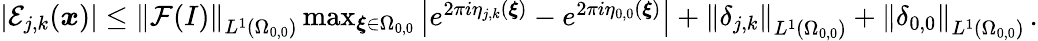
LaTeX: \begin{array}{r}{\left\vert\mathcal{E}_{j,k}(\boldsymbol{x})\right\vert\leq\left\| \mathcal{F}(I)\right\| _{L^{1}(\Omega_{0,0})}\operatorname*{max}_{\boldsymbol{\xi}\in\Omega_{0,0}}\left\vert e^{2\pi i\eta_{j,k}(\boldsymbol{\xi})}-e^{2\pi i\eta_{0,0}(\boldsymbol{\xi})}\right\vert+\left\| \delta_{j,k}\right\| _{L^{1}(\Omega_{0,0})}+\left\| \delta_{0,0}\right\| _{L^{1}(\Omega_{0,0})}\, .}\end{array}